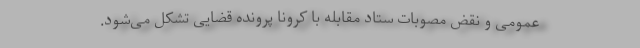
عمومی و نقض مصوبات ستاد مقابله با کرونا پرونده قضایی تشکل می‌شود.